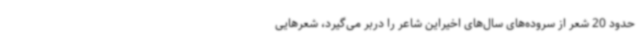
حدود 20 شعر از سروده‌های سال‌های اخیراین شاعر را دربر می‌گیرد، شعرهایی